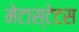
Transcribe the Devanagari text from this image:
मेटास्टेटस